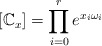
\begin{align*}[\mathbb C_x] = \prod_{i=0}^r e^{x_i \omega_i}\end{align*}